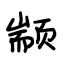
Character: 颛